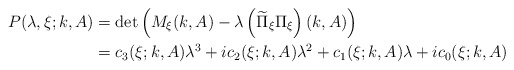
\begin{align*}P(\lambda,\xi;k,A)&=\det\left(M_\xi(k,A)-\lambda\left(\widetilde\Pi_\xi\Pi_\xi\right)(k,A)\right)\\&=c_3(\xi;k,A)\lambda^3+ic_2(\xi;k,A)\lambda^2+c_1(\xi;k,A)\lambda+ic_0(\xi;k,A)\end{align*}